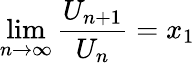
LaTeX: \operatorname*{lim}_{n\to\infty}{\frac{U_{n+1}}{U_{n}}}=x_{1}